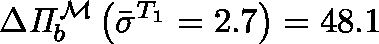
\Delta \mathit { \Pi } _ { b } ^ { \mathcal { M } } \left( \bar { \sigma } ^ { T _ { 1 } } = 2 . 7 \right) = 4 8 . 1 \